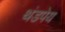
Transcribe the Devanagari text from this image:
थंडपेय